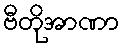
ဗီတိုအာဏာ